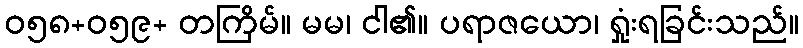
ဝ၅၈+ဝ၅၉+ တကြိမ်။ မမ၊ ငါ၏။ ပရာဇယော၊ ရှုံးရခြင်းသည်။